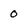
Character: 0